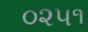
૦૨૫૧